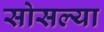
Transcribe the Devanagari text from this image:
सोसल्या